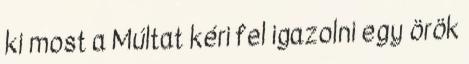
ki most a Múltat kéri fel igazolni egy örök